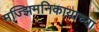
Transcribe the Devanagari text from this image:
मज्झिमनिकायाच्या